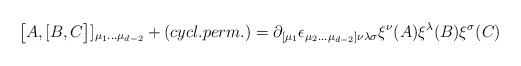
LaTeX: \begin{align*}\bigl\lbrack A ,\lbrack B,C \bigr\rbrack\rbrack_{\mu_1 ... \mu_{d-2}} +(cycl. perm.)=\partial_{\lbrack\mu_1}\epsilon _{\mu_2 ... \mu_{d-2}\rbrack\nu\lambda\sigma}\xi^\nu(A) \xi^\lambda (B) \xi^ \sigma (C)\end{align*}